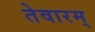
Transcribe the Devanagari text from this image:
तेवारम्‌